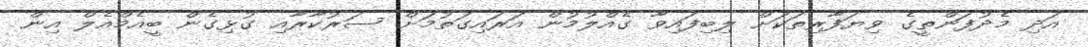
އަދި މެދުފަންތީގެ ވިޔަފާރިތަކަށް ލިބިފައިވާ ގެއްލުމުން އަރައިގަތުމަށް ސަރުކާރާއި ގުޅިގެން ބީއެމްއެލް އިން